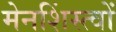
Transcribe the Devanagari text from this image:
मेनशिंस्त्वों